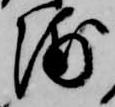
浦